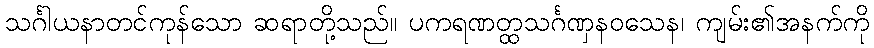
သင်္ဂါယနာတင်ကုန်သော ဆရာတို့သည်။ ပကရဏတ္ထသင်္ဂဏှနဝသေန၊ ကျမ်း၏အနက်ကို